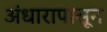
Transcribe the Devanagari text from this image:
अंधारापासून